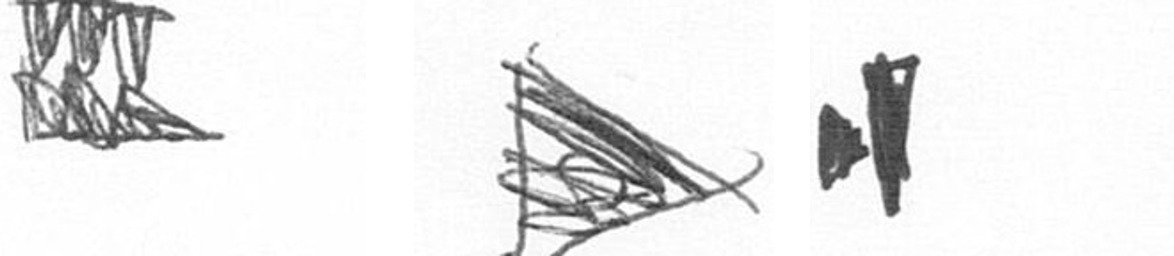
D T M